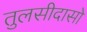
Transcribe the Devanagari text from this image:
तुलसीदासो